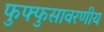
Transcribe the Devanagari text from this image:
फुफ्फुसावरणीय